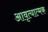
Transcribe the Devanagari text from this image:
आवृत्यात्मक